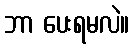
ဘာ ပေးရမလဲ။